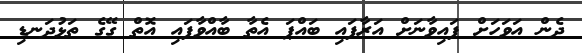
ދެން އަވަހަށް ފައިވާނަށް އަރާފައި ބައްޕަ އެތާ ބާއްވާފައި އޮތް ގޭގެ ތަޅުދަނޑި